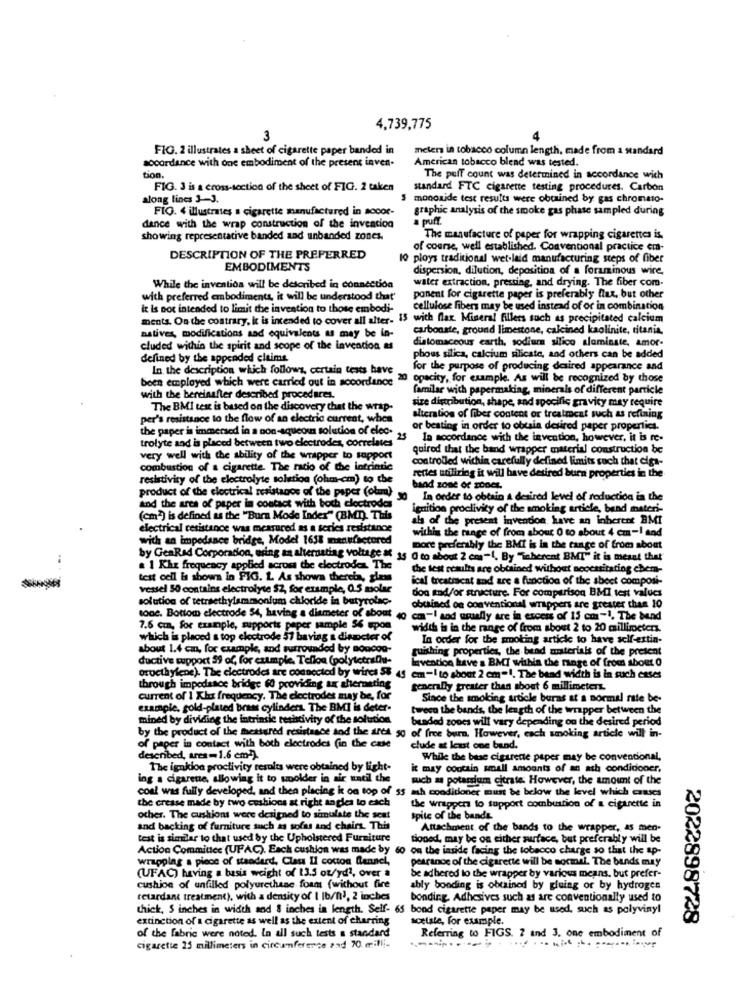
4,739,775
3
FIG. 2 illustrates a sheet of cigarette paper banded in
meters in tobacco column length, made from a standard
accordance with one embodiment of the present inven.
American tobacco blend was tested.
tion.
The puff count was determined in accordance with
FIG. 3 is a cross-section of the sheet of FIG. 2 taken
standard FTC cigarette testing procedures. Carbon
along lines 3-3.
$ monoxide test results were obtained by gas chromato-
FIG. 4 illustrates a cigarette manufactured in socor-
graphic analysis of the smoke gas phase sampled during
dance with the wrap construction of the invencion
a puff.
showing representative banded and unbanded zones.
The manufacture of paper for wrapping cigarettes is.
of course, well established. Conventional practice em-
DESCRIPTION OF THE PREFERRED
10 ploys traditional wet-laid manufacturing steps of fiber
EMBODIMENTS
dispersion, dilution, deposition of a foraminous wire,
While the invention will be described in connection
water extraction, pressing, and drying. The fiber com-
with preferred embodiments, it will be understood that'
ponent for cigarette paper is preferably flax, but other
it Is not intended to limit the invention to those embodi-
cellulose fibers may be used instead of or in combination
ments. On the contrary, it is intended to cover all alter- 15 with flax. Mineral fillers such as precipitated calcium
natives, modifications and equivalents & may be in-
carbonate, ground limestone, calcined kaolinite, titania,
diatomaceous earth, sodium silico alaminate, amor-
cluded within the spirit and scope of the invention as
defined by the appended claims
phous silica, calcium silicate, and others can be added
In the description which follows, certain tests have
for the purpose of producing desired appearance and
been employed which were carried out in accordance
20 opacity, for example. As will be recognized by those
familar wich papermaking, minerals of different particle
with the bereinafter described procedures.
size distribution, shape, and specific gravity may require
The BMI test is based on the discovery that the wrap-
per's resistance to the flow of an electric current, when
alteration of fiber content or treatment such as refining
the paper is immersed in a non-aqueous solution of elec. 25
or beating in order to obtain desired paper properties.
trolyte and is placed between two electrodes, correlates"
In socordance with the invention, however, it is re-
quirod that the band wrapper material construction be
very well with the ability of the wrapper to support
controlled within carefully defined limits such that ciga-
combustion of a cigarette. The ratio of the intrintie
resistivity of the electrolyte solution (ohm-cm) to the
rettes utiliring it will have desired burn properties in the
band zone of gooCL
product of the electrical resistance of the paper (olum)
In order to obtain a desired level of reduction in the
and the area of paper in contact with both clectrodes
ignition proclivity of the smoking article, bend materi-
(cm) is defined as the "Burn Mode Index" (BMI). This
als of the present invendon have an inherent BMI
electrical cesistance was measured as a series resistance
within the range of from about 0 to about 4 cm-I and
with an impedance bridge, Model 1658 manufactured
Dore preferably the BMI is in the range of from about
by GeaRad Corporation, using an alternating voltage if 15 0 to about 2 cm-1. By "inherent BMT" it is meant that
a 1 Khz frequency applied across the electrodes. The
the test results are obtained without necessitating chem-
test cell is shown in FIG. L. As shown thereis, gless
ical treatiseat and are a function of the sheet composi-
vessel 50 contains electrolyte $2, for example, 0.5 molar
don and/or structure. For comparison BMI test values
solution of tetraethylammonium chloride in butyrolac-
obtained on conventional wrappers are greater than 10
tone. Bottom electrode 54, having a diameter of about
40 cm -! aod urally are in excess of 15 cm-1, The band
7.6 cm, for example, supports peper sample 56 upon
width is in the range of from about 2 to 20 millimeters.
which is placed a top electrode 57 baviag & diameter of
In order for the smoking article to have self-ettin-
about 1.4 cm, for example, and surrounded by soncon-
tuishing properties, the bend materials of the present
ductive support 59 of, for example. Teflon (polytetrallu-
lavention have a BMT within the range of from about 0
oructhylene). The electrodes are connected by wires $3 45 em-I to about 2 cm=1. The band width is in such cases
through impedance bridge 60 providing ax shemmeting
tenerally greater than about 6 millimeters.
current of 1 Klu frequency. The electrodes may be, for
Since the smoking article buras at a normal rate be-
example, gold-plated bram cylinders. The BMI is deter-
tween the bands, the length of the wrapper between the
mined by dividing the intrinsic resistivity of the solution
bunded zones will vary depending on the desired period
by the product of the mhettered resistance and the arca 50 of free burn. However, each smoking article will in-
of paper in contact with both electrodes (in the case
clude at least one band.
descnbed, ares-1.6 cm-).
While the base cigarette paper may be convencional,
The ignkion proctivity results were obtained by light-
it may contain small amounts of an ath condidoner,
ing a cigarette, allowing it to spolder in air until the
such as potassium citrate. However, the amount of the
coal was fully developed, and then placing it on top of 55 ah conditioner must be below the level which causes
the crease made by two cushions at right angles lo esch
the wrappers to support combustion of a cigarette in
other. The cushions were designed to simulate the seat
spite of the bands.
and backing of furniture such as sofas and chairs. This
Attachment of the bands to the wrapper, as men-
test is similar to that used by the Upholstered Furniture
tioned, may be on either surface, but preferably will be
Action Committee (UPAC). Each cushion was made by
60 on the inside facing the tobacco charge so that the ap-
wrapplag a piece of standard, Class Il cotton fennel,
pearange of the cigarette will be normal. The bands may
(UFAC) having a basis weight of 13.5 ou/yd1, over a
be adhered to the wrapper by various means. but prefer-
cushion of unfilled polyurethane foam (without fire
ably bonding is obtained by gluing or by hydrogen
retardant treatment), with a density of I Ib/n), 2 inches
bonding. Adhesives such as are conventionally used to
thick, S inches in width sod 8 inches in length. Self- 65 bond cigarette paper may be used, such as polyvinyl
extinction of a cigarette as well as the extent of charring
acetate, for example.
2022898728
of the fabric were noted. In all such tests a standard
Referring to FIGS. 2 and 3. one embodiment of
cigarette 25 millimeters in circumference and 70. milli-
.--------